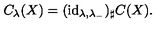
C _ { \lambda } ( X ) = ( \mathrm { i d } _ { \lambda , \lambda _ { - } } ) _ { \sharp } C ( X ) .